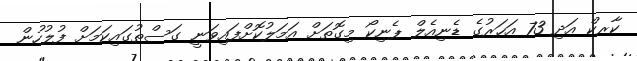
ކާރކް އަދި 73 އަހަރުގެ ޑެނިއެލް ޕެނިކޯ މިގޮތަށް އަމަލުކޮށްފައިވަނީ ގަސްތުގައިކަމަށް ފުލުހުން